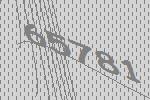
65781